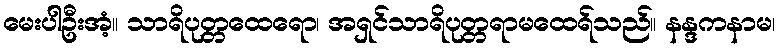
မေးပါဦးအံ့။ သာရိပုတ္တထေရော၊ အရှင်သာရိပုတ္တရာမထေရ်သည်။ နန္ဒကနာမ၊